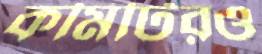
কমিটিরও